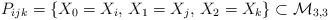
LaTeX: \begin{align*}P_{ijk}=\left\{ X_{0}=X_{i},\,X_{1}=X_{j},\,X_{2}=X_{k}\right\} \subset\mathcal{M}_{3,3}\end{align*}